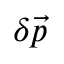
\delta \vec { p }